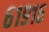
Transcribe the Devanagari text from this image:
६१९१६